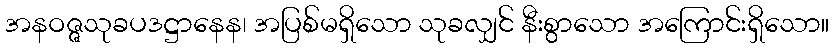
အနဝဇ္ဇသုခပဒဋ္ဌာနေန၊ အပြစ်မရှိသော သုခလျှင် နီးစွာသော အကြောင်းရှိသော။